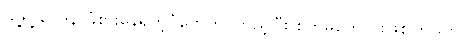
သူ့ရဲ့ ဝေဒနာခံစားနေရတဲ့ပုံတွေကို ကြည့်ပြီး စိတ်မကောင်းဖြစ်ကြသလို